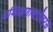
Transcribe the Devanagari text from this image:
प्रशिक्षणाबरोबरच